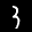
Label: 3